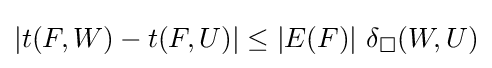
|t(F,W)-t(F,U)|\leq |E(F)|\ \delta _{\square }(W,U)